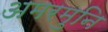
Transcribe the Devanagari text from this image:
अमरमुनि